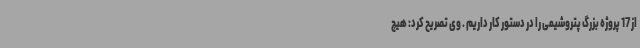
از 17 پروژه بزرگ پتروشیمی را در دستور کار داریم . وی تصریح کرد: هیچ